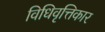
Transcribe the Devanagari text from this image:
विधिवृत्तिकार